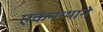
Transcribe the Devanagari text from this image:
एकनाथाने